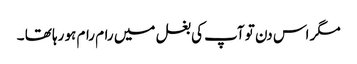
مگر اس دن تو آپ کی بغل میں رام رام ہو رہا تھا ۔